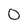
Character: 0